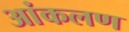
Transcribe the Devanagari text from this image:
आंकलण